Vaccination North-Western Provinces 1866-1877 - 1866-1877
Year: 1866
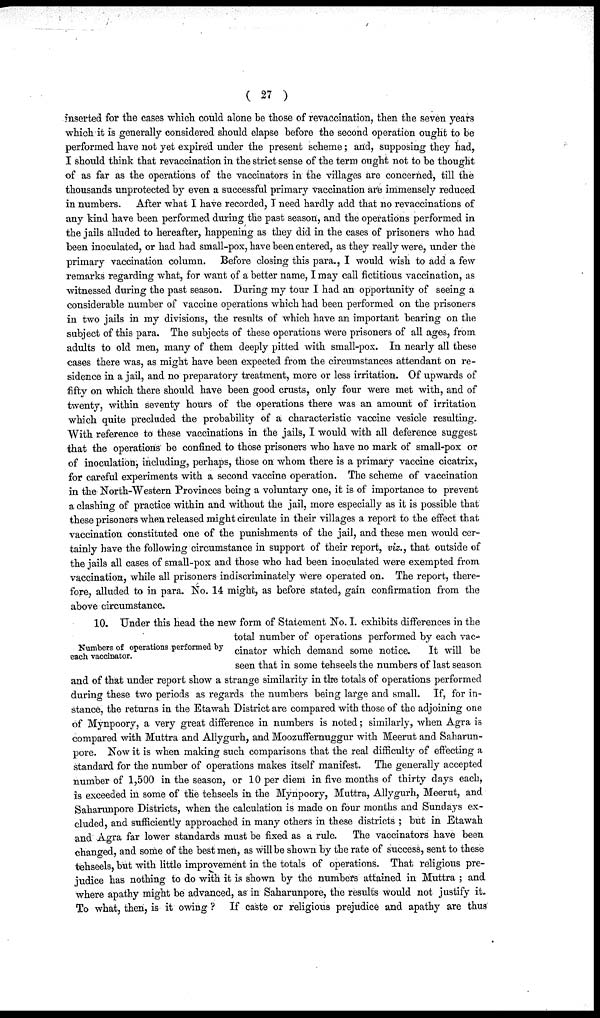
( 27 )
inserted for the cases which could alone be those of revaccination, then the seven years
which it is generally considered should elapse before the second operation ought to be
performed have not yet expired under the present scheme; and, supposing they had,
I should think that revaccination in the strict sense of the term ought not to be thought
of as far as the operations of the vaccinators in the villages are concerned, till the
thousands unprotected by even a successful primary vaccination are immensely reduced
in numbers. After what I have recorded, I need hardly add that no revaccinations of
any kind have been performed during the past season, and the operations performed in
the jails alluded to hereafter, happening as they did in the cases of prisoners who had
been inoculated, or had had small-pox, have been entered, as they really were, under the
primary vaccination column. Before closing this para., I would wish to add a few
remarks regarding what, for want of a better name, I may call fictitious vaccination, as
witnessed during the past season. During my tour I had an opportunity of seeing a
considerable number of vaccine operations which had been performed on the prisoners
in two jails in my divisions, the results of which have an important bearing on the
subject of this para. The subjects of these operations were prisoners of all ages, from
adults to old men, many of them deeply pitted with small-pox. In nearly all these
cases there was, as might have been expected from the circumstances attendant on re-
sidence in a jail, and no preparatory treatment, more or less irritation. Of upwards of
fifty on which there should have been good crusts, only four were met with, and of
twenty, within seventy hours of the operations there was an amount of irritation
which quite precluded the probability of a characteristic vaccine vesicle resulting.
With reference to these vaccinations in the jails, I would with all deference suggest
that the operations be confined to those prisoners who have no mark of small-pox or
of inoculation, including, perhaps, those on whom there is a primary vaccine cicatrix,
for careful experiments with a second vaccine operation. The scheme of vaccination
in the North-Western Provinces being a voluntary one, it is of importance to prevent
a clashing of practice within and without the jail, more especially as it is possible that
these prisoners when released might circulate in their villages a report to the effect that
vaccination constituted one of the punishments of the jail, and these men would cer-
tainly have the following circumstance in support of their report, viz., that outside of
the jails all cases of small-pox and those who had been inoculated were exempted from
vaccination, while all prisoners indiscriminately were operated on. The report, there-
fore, alluded to in para. No. 14 might, as before stated, gain confirmation from the
above circumstance.
Numbers of operations performed by
each vaccinator.
10. Under this head the new form of Statement No. I. exhibits differences in the
total number of operations performed by each vac-
cinator which demand some notice.
It will be
seen that in some tehseels the numbers of last season
and of that under report show a strange similarity in the totals of operations performed
during these two periods as regards the numbers being large and small. If, for in-
stance, the returns in the Etawah District are compared with those of the adjoining one
of Mynpoory, a very great difference in numbers is noted; similarly, when Agra is
compared with Muttra and Allygurh, and Moozuffernuggur with Meerut and Saharun¬
pore. Now it is when making such comparisons that the real difficulty of effecting a
standard for the number of operations makes itself manifest. The generally accepted
number of 1,500 in the season, or 10 per diem in five months of thirty days each,
is exceeded in some of the tehseels in the Mynpoory, Muttra, Allygurh, Meerut, and
Saharunpore Districts, when the calculation is made on four months and Sundays ex-
cluded, and sufficiently approached in many others in these districts ; but in Etawah
and Agra far lower standards must be fixed as a rule. The vaccinators have been
changed, and some of the best men, as will be shown by the rate of success, sent to these
tehseels, but with little improvement in the totals of operations. That religious pre-
judice has nothing to do with it is shown by the numbers attained in Muttra ; and
where apathy might be advanced, as in Saharunpore, the results would not justify it.
To what, then, is it owing ? If caste or religious prejudice and apathy are thus